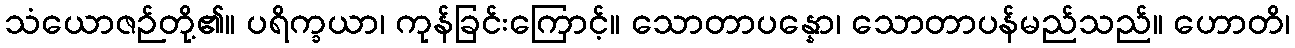
သံယောဇဉ်တို့၏။ ပရိက္ခယာ၊ ကုန်ခြင်းကြောင့်။ သောတာပန္နော၊ သောတာပန်မည်သည်။ ဟောတိ၊